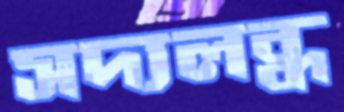
সদ্যলব্ধ